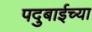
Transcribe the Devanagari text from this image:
पदुबाईच्या